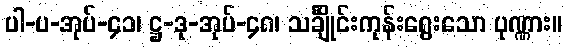
ပါ-ပ-အုပ်-၄၁၊ ဋ္ဌ-ဒု-အုပ်-၄၈၊ သင်္ချိုင်းကုန်းရွေးသော ပုဏ္ဏား။